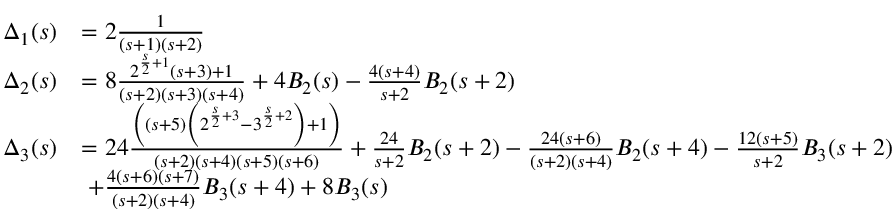
\begin{array} { r l } { \Delta _ { 1 } ( s ) } & { = 2 \frac { 1 } { ( s + 1 ) ( s + 2 ) } } \\ { \Delta _ { 2 } ( s ) } & { = 8 \frac { 2 ^ { \frac { s } { 2 } + 1 } ( s + 3 ) + 1 } { ( s + 2 ) ( s + 3 ) ( s + 4 ) } + 4 B _ { 2 } ( s ) - \frac { 4 ( s + 4 ) } { s + 2 } B _ { 2 } ( s + 2 ) } \\ { \Delta _ { 3 } ( s ) } & { = 2 4 \frac { \left( ( s + 5 ) \left( 2 ^ { \frac { s } { 2 } + 3 } - 3 ^ { \frac { s } { 2 } + 2 } \right) + 1 \right) } { ( s + 2 ) ( s + 4 ) ( s + 5 ) ( s + 6 ) } + \frac { 2 4 } { s + 2 } B _ { 2 } ( s + 2 ) - \frac { 2 4 ( s + 6 ) } { ( s + 2 ) ( s + 4 ) } B _ { 2 } ( s + 4 ) - \frac { 1 2 ( s + 5 ) } { s + 2 } B _ { 3 } ( s + 2 ) } \\ & { \; + \frac { 4 ( s + 6 ) ( s + 7 ) } { ( s + 2 ) ( s + 4 ) } B _ { 3 } ( s + 4 ) + 8 B _ { 3 } ( s ) } \end{array}